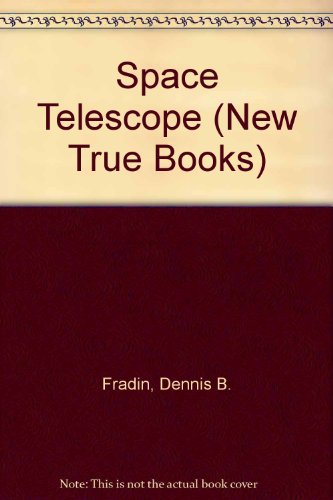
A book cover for Space Telescope (New True Books); Dennis B. Fradin; Sports & Outdoors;